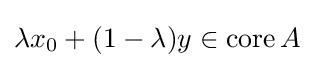
\lambda x_{0}+(1-\lambda )y\in \operatorname {core} A